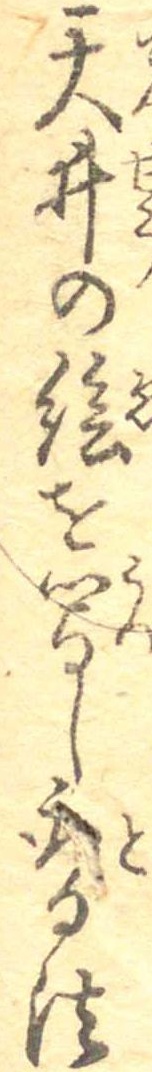
天井の絵を写し取る法